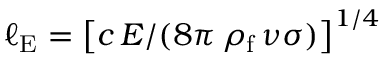
\ell _ { \mathrm { E } } = \left[ c \, E / ( 8 \pi \, \rho _ { \mathrm { f } } \, \nu \sigma ) \right] ^ { 1 / 4 }